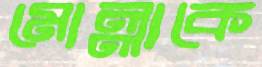
মোল্লাকে